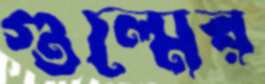
গুল্মের